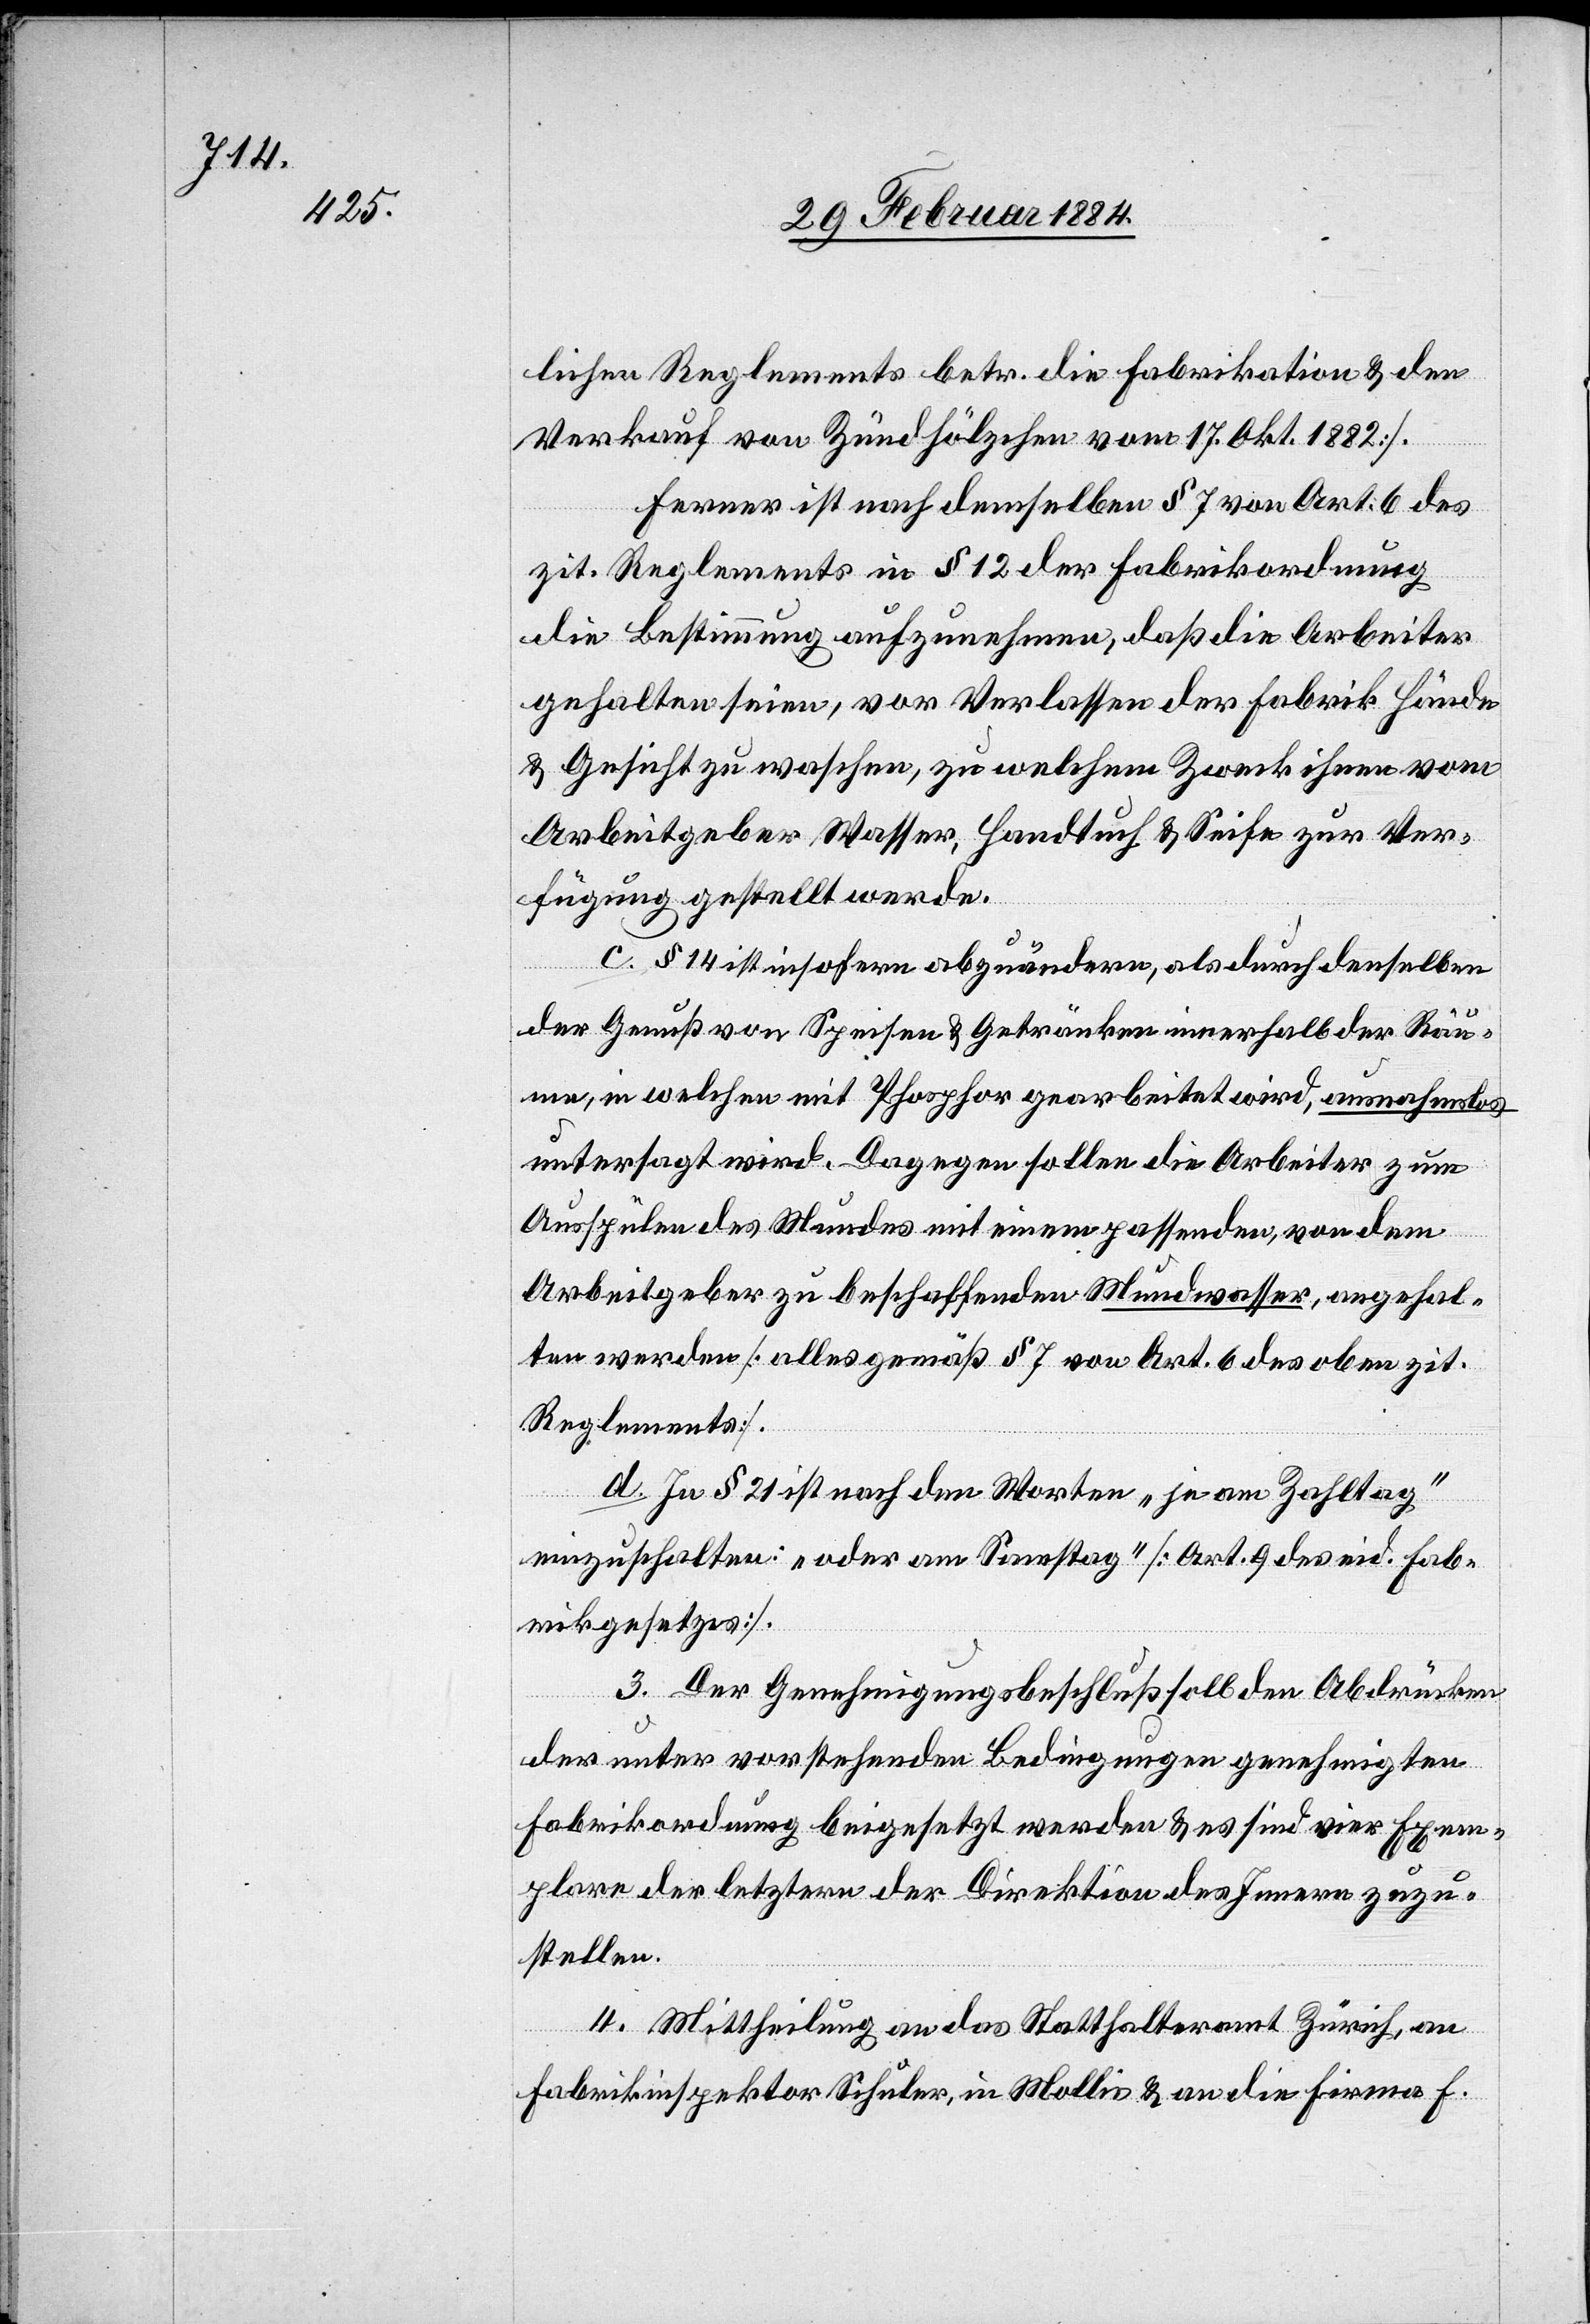
lichen Reglements betr. die Fabrikation & den
Verkauf von Zündhölzchen vom 17. Okt. 1882].
Ferner ist nach demselben § 7 von Art. 6 des
zit. Reglements in § 12 der Fabrikordnung
die Bestimmung aufzunehmen, daß die Arbeiter
gehalten seien, vor Verlassen der Fabrik Hände
& Gesicht zu waschen, zu welchem Zweck ihnen vom
Arbeitgeber Wasser, Handtuch & Seife zur Ver¬
fügung gestellt werde.
c. § 14 ist insofern abzuändern, als durch denselben
der Genuß von Spesen & Getränken innerhalb der Räu¬
me, in welchen mit Phosphor gearbeitet wird, ausnahmslos
untersagt wird. Dagegen sollen die Arbeiter zum
Ausspühlen des Mundes mit einem passenden, von dem
Arbeitgeber zu beschaffenden Mundwasser, angehal¬
ten werden [alles gemäß § 7 von Art. 6 des oben zit.
Reglements].
d. In § 21 ist nach den Worten „je am Zahltag“
einzuschalten: „jeder am Samstag“ [Art. 9 des eid. Fab¬
rikgesetzes].
Der Genehmigungsbeschluß soll den Abdrücken
der unter vorstehenden Bedingungen genehmigten
Fabrikordnung beigesetzt werden & es sind vier Exem¬
plare der letztern der Direktion des Innern zuzu¬
stellen.
4. Mittheilung an das Statthalteramt Zürich, an
Fabrikinspektor Schuler, in Mollis & an die Firma F.